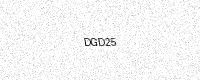
Text: DGD25